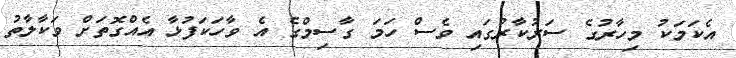
އެކަަމަކު މިހާރުގެ ސަރުކާރުގައި ވެސް ހަމަ ގާސިމްގެ އެ ވާހަކަފުޅާ އެއްގޮތަށް ވަކާލާތު